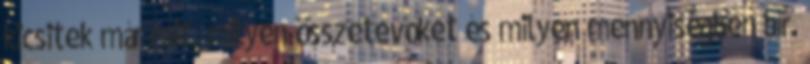
kicsitek már mit, milyen összetevőket és milyen mennyiségben bír.